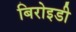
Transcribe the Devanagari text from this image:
बिरोइडी